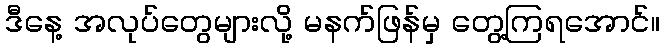
ဒီနေ့ အလုပ်တွေများလို့ မနက်ဖြန်မှ တွေ့ကြရအောင်။